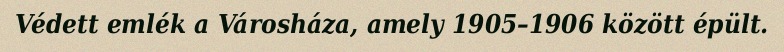
Védett emlék a Városháza, amely 1905–1906 között épült.